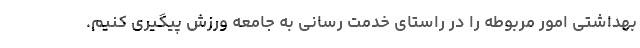
بهداشتی امور مربوطه را در راستای خدمت رسانی به جامعه ورزش پیگیری کنیم.